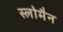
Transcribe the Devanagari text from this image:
स्लोमैन